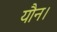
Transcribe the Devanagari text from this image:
यौन।